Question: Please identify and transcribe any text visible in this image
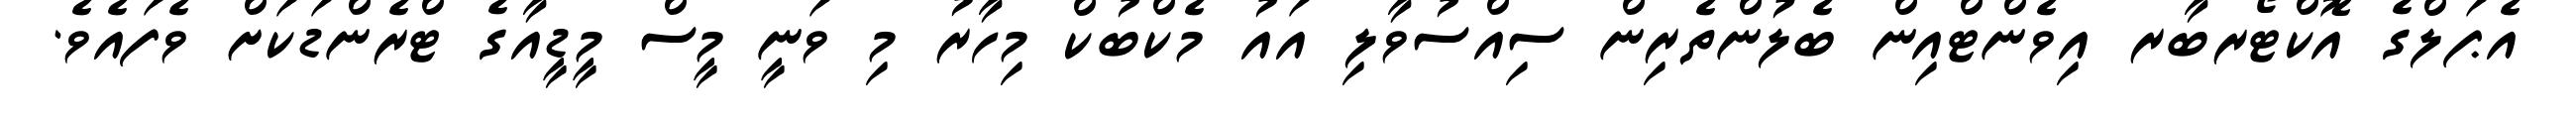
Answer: އެޕަލްގެ އޮކްޓޯރބާރ އިވެންޓްއިން ބެލުންތެރިން ސިއްސުވާލި އައު މެކްބުކް މިހާރު މި ވަނީ މީސް މީޑީއާގެ ޓްރެންޑަކަށް ވެފައެވެ.